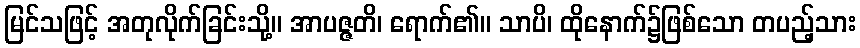
မြင်သဖြင့် အတုလိုက်ခြင်းသို့။ အာပဇ္ဇတိ၊ ရောက်၏။ သာပိ၊ ထိုနောက်၌ဖြစ်သော တပည့်သား